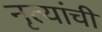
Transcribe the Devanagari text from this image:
नृत्यांची